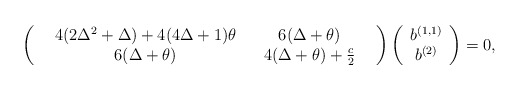
\begin{align*}\left(\begin{array}{ccccc} &4(2\Delta^{2}+\Delta)+4(4\Delta+1)\theta&&6(\Delta+\theta)&\\ &6(\Delta+\theta)&&4(\Delta+\theta)+\frac{c}{2}&\end{array}\right)\left(\begin{array}{c}b^{(1,1)}\\b^{(2)}\end{array}\right)=0,\end{align*}